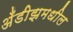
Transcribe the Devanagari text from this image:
अँडीझमधील